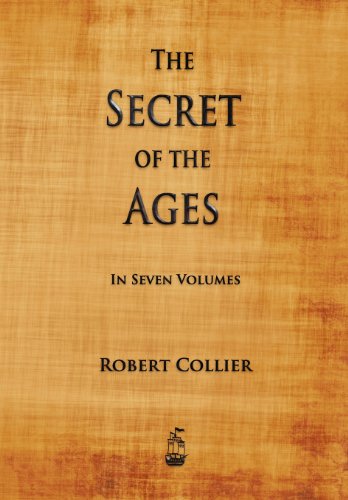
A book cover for The Secret of the Ages; Robert Collier; Self-Help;